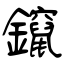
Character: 鑹